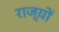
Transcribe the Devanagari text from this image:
राज्य़ों